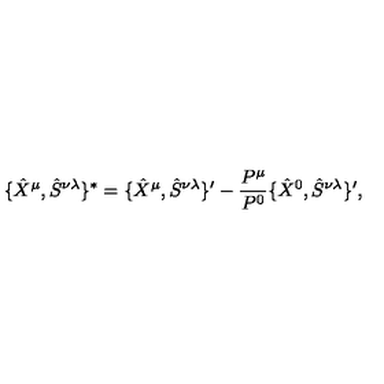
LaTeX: \{ \hat { X } ^ { \mu } , \hat { S } ^ { \nu \lambda } \} ^ { * } = \{ \hat { X } ^ { \mu } , \hat { S } ^ { \nu \lambda } \} ^ { \prime } - \frac { P ^ { \mu } } { P ^ { 0 } } \{ \hat { X } ^ { 0 } , \hat { S } ^ { \nu \lambda } \} ^ { \prime } ,